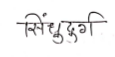
मजकूर: सिंधुदुर्ग